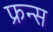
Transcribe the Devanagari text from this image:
फ्रन्स